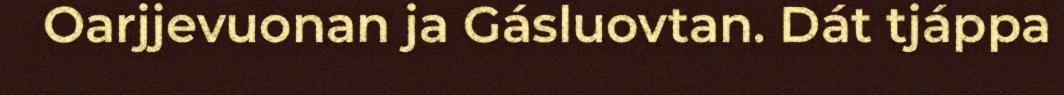
Oarjjevuonan ja Gásluovtan. Dát tjáppa